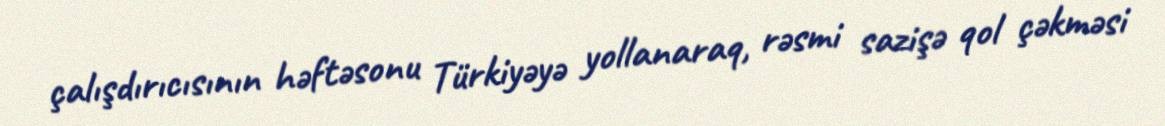
çalışdırıcısının həftəsonu Türkiyəyə yollanaraq, rəsmi sazişə qol çəkməsi